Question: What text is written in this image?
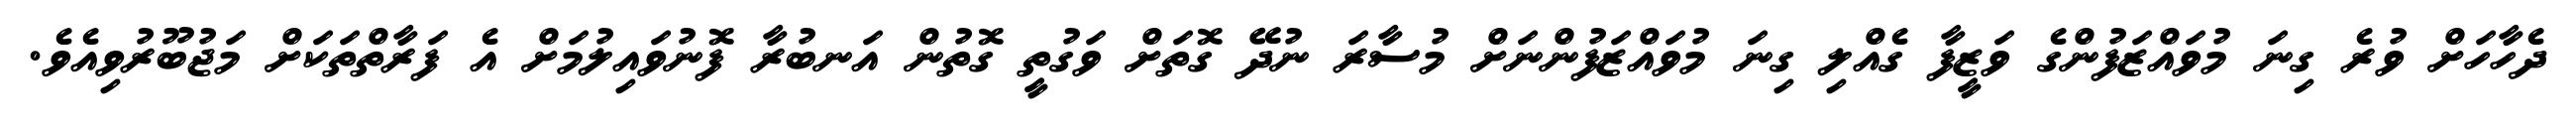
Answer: ދެހާހަށް ވުރެ ގިނަ މުވައްޒަފުންގެ ވަޒީފާ ގެއްލި ގިނަ މުވައްޒަފުންނަށް މުސާރަ ނުދޭ ގޮތަށް ވަގުތީ ގޮތުން އަނބުރާ ފޮނުވައިލުމަށް އެ ފަރާތްތަކަށް މަޖުބޫރުވިއެވެ.